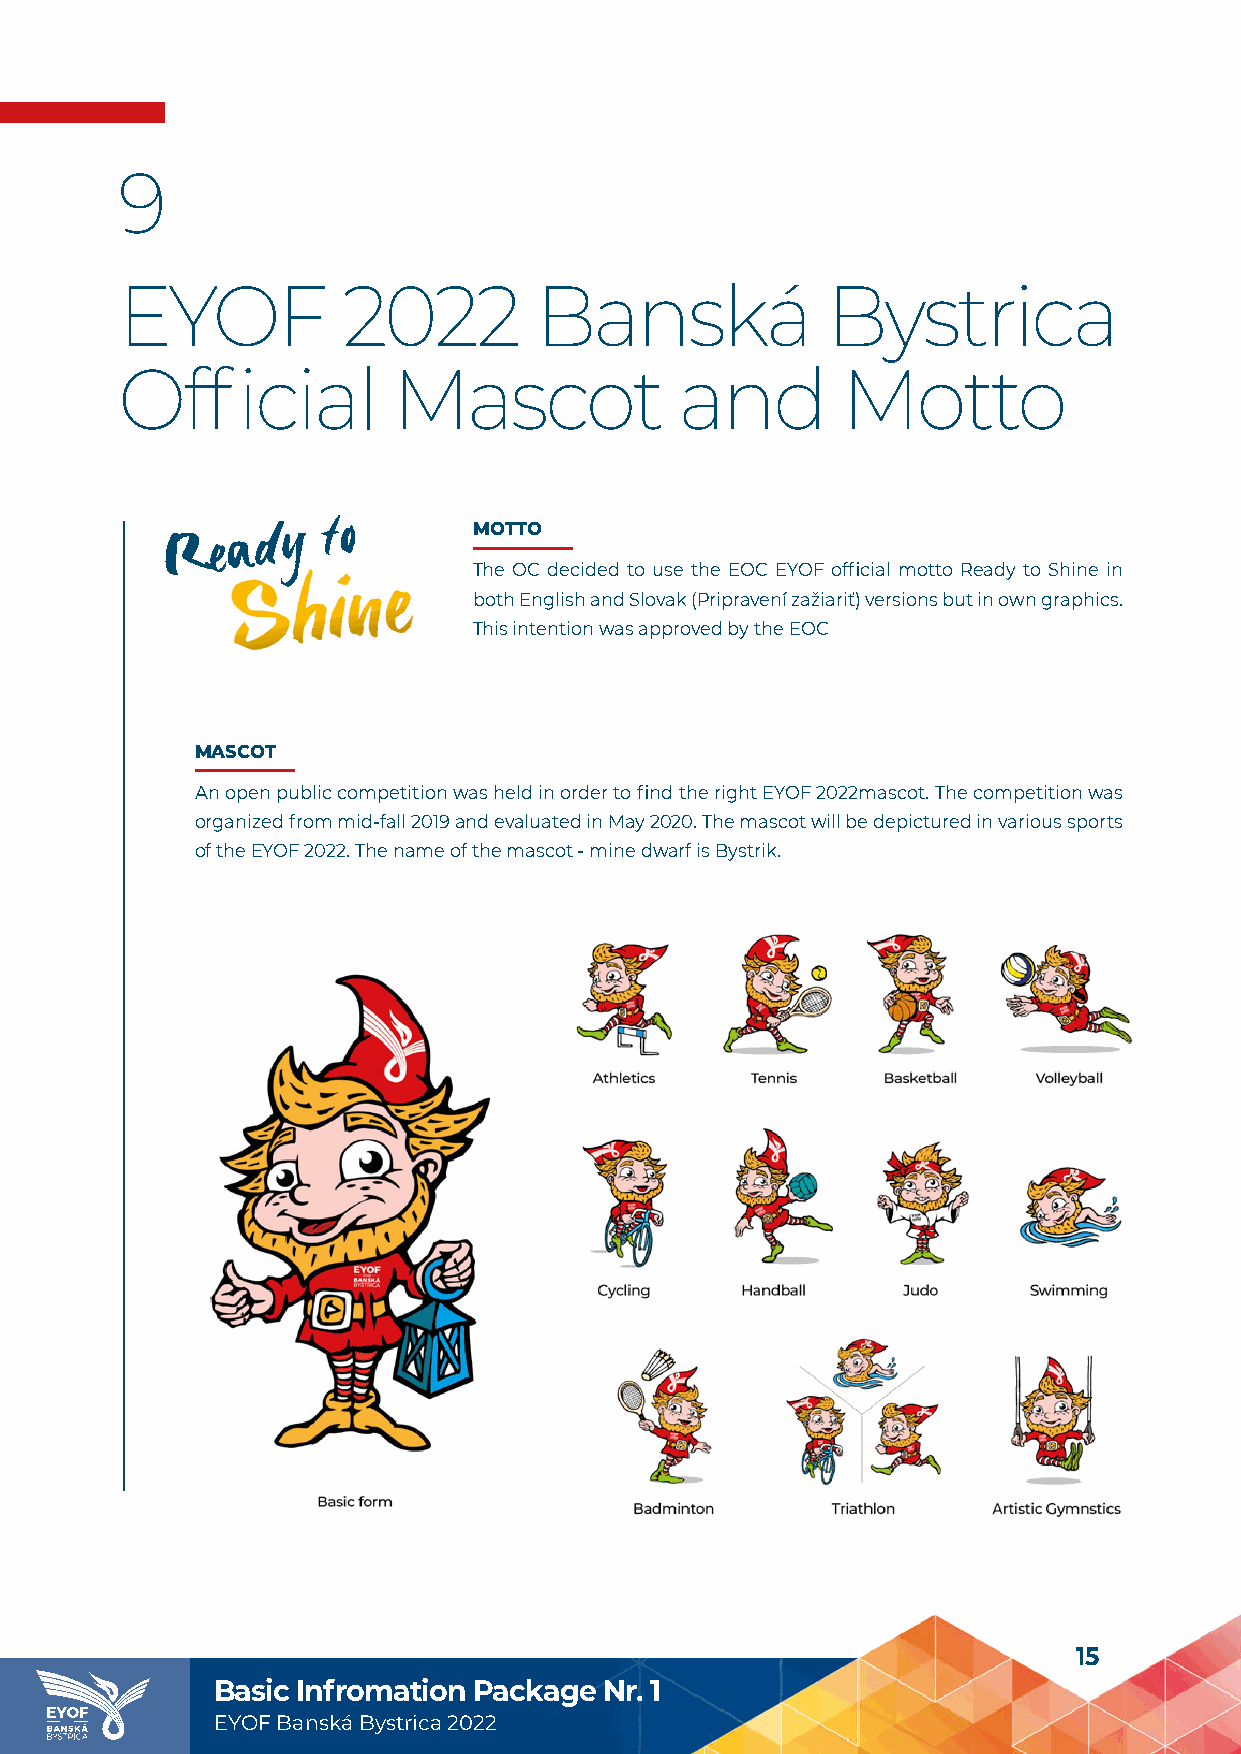
9
 EYOF           2022        Banská              Bystrica
 Official          Mascot             and        Motto
 MOTTO
 The OC decided to use the EOC EYOF official motto Ready to Shine in
 both English and Slovak (Pripravení zažiariť) versions but in own graphics.
 This intention was approved by the EOC
 MASCOT
 An open public competition was held in order to find the right EYOF 2022mascot. The competition was
 organized from mid-fall 2019 and evaluated in May 2020. The mascot will be depictured in various sports
 of the EYOF 2022. The name of the mascot - mine dwarf is Bystrik.
 15
 Basic Infromation Package Nr. 1
 EYOF Banská Bystrica 2022